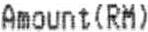
AMOUNT(RM)